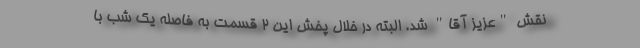
نقش "عزیز آقا" شد. البته در خلال پخش این 2 قسمت به فاصله یک شب با